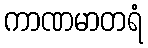
ကာဏမာတရံ